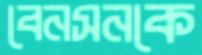
বেনসনকে